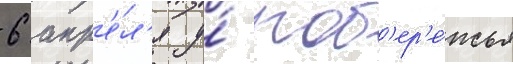
6 апр'е́л'я у́ поб'ер'е́жья